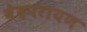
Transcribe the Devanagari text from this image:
वेदपरायण